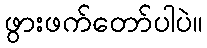
ဖွားဖက်တော်ပါပဲ။